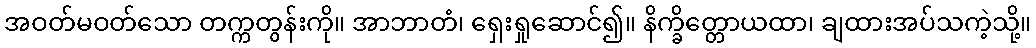
အဝတ်မဝတ်သော တက္ကတွန်းကို။ အာဘာတံ၊ ရှေးရှုဆောင်၍။ နိက္ခိတ္တောယထာ၊ ချထားအပ်သကဲ့သို့။